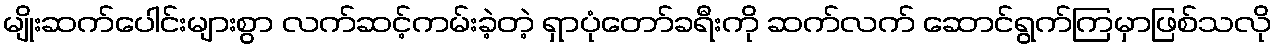
မျိုးဆက်ပေါင်းများစွာ လက်ဆင့်ကမ်းခဲ့တဲ့ ရှာပုံတော်ခရီးကို ဆက်လက် ဆောင်ရွက်ကြမှာဖြစ်သလို